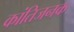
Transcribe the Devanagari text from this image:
कांतिजनक